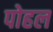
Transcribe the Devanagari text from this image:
पोहल